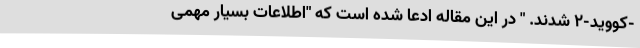
-کووید-۲ شدند. " در این مقاله ادعا شده است که "اطلاعات بسیار مهمی